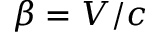
\beta = V / c